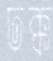
ঢক্ক